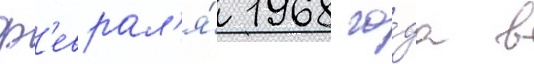
ф'еврал'я́ 1968 го́да в